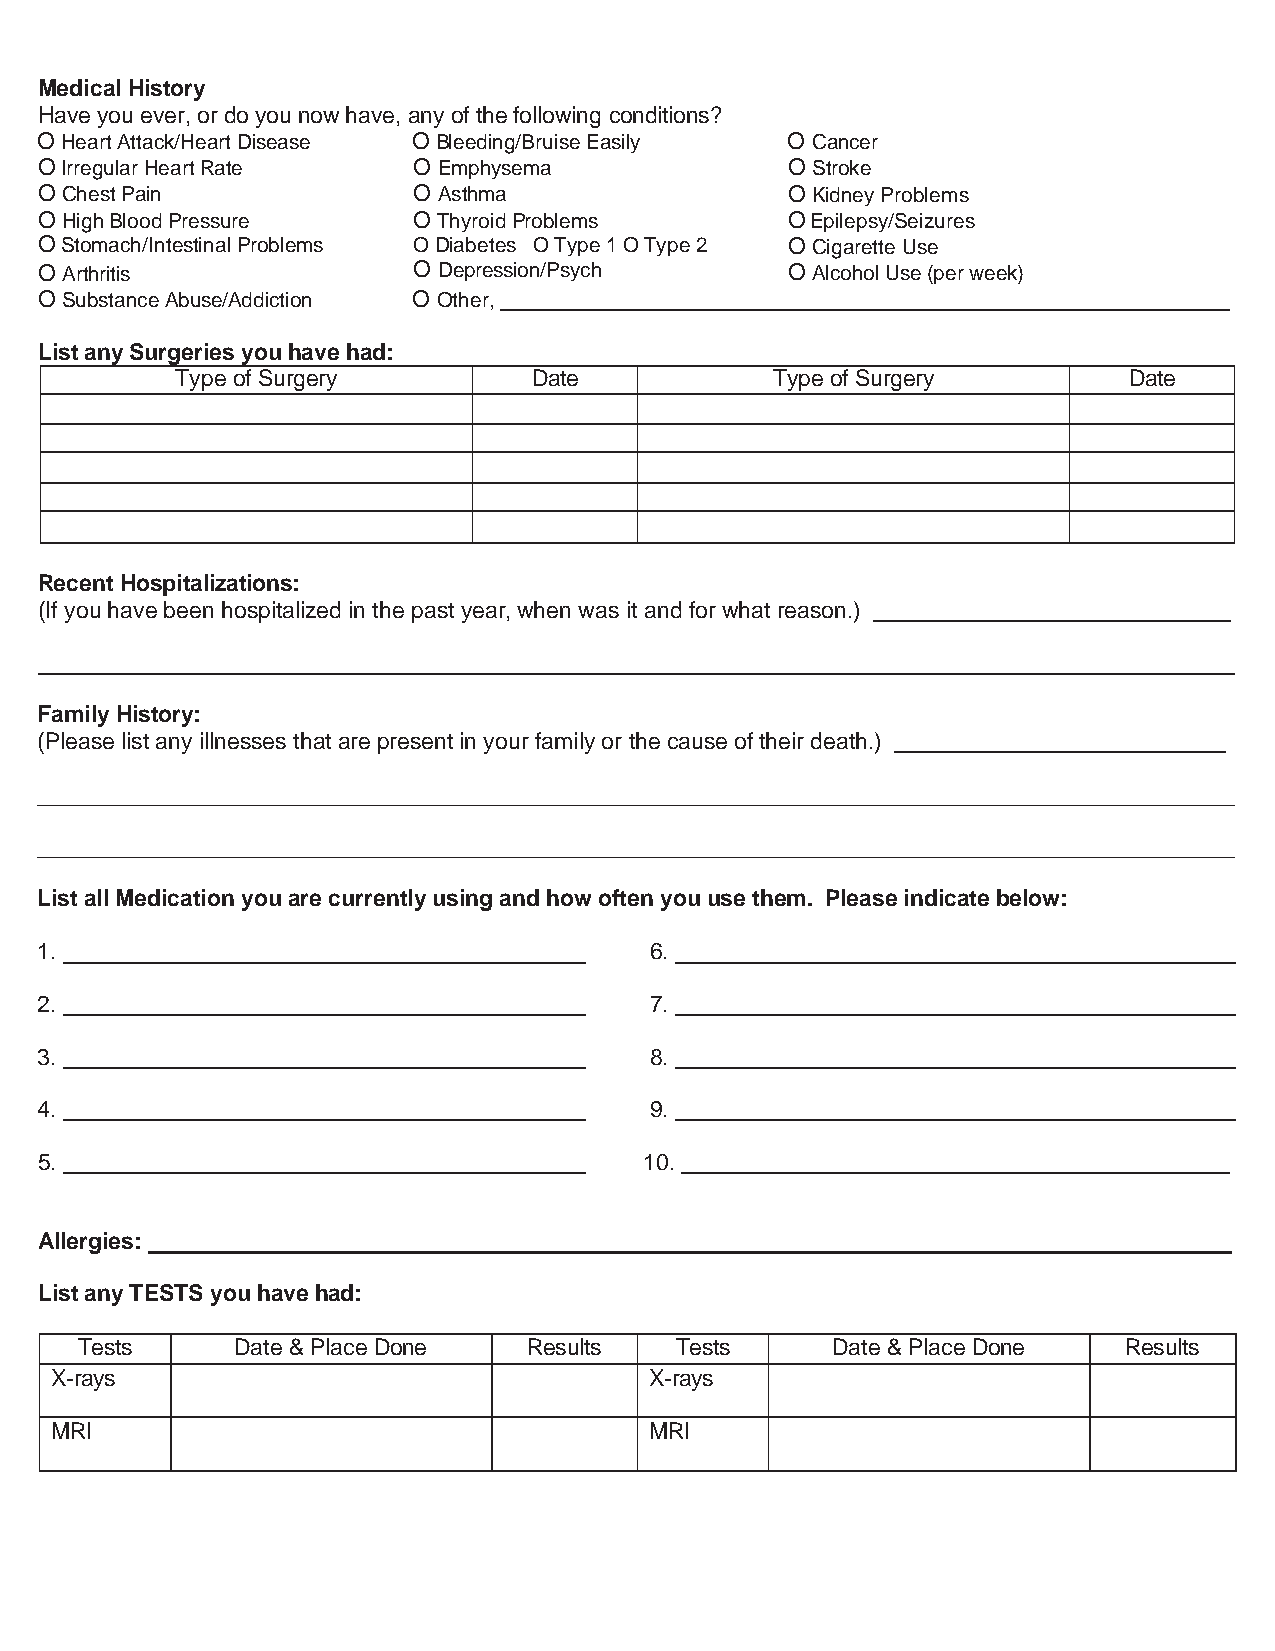
Medical History
 Have you ever, or do you now have, any of the following conditions?
 O Heart Attack/Heart Disease O Bleeding/Bruise Easily O Cancer
 O Irregular Heart Rate   O Emphysema              O Stroke
 O Chest Pain             O Asthma                 O Kidney Problems
 O High Blood Pressure    O Thyroid Problems       O Epilepsy/Seizures
 O Stomach/Intestinal Problems O Diabetes O Type 1 O Type 2 O Cigarette Use
 O Arthritis              O Depression/Psych       O Alcohol Use (per week)
 O Substance Abuse/Addiction O Other,
 List any Surgeries you have had:
 Type of Surgery        Date            Type of Surgery         Date
 Recent Hospitalizations:
 (If you have been hospitalized in the past year, when was it and for what reason.)
 Family History:
 (Please list any illnesses that are present in your family or the cause of their death.)
 List all Medication you are currently using and how often you use them. Please indicate below:
 1.                                       6.
 2.                                       7.
 3.                                       8.
 4.                                       9.
 5.                                       10.
 Allergies:
 List any TESTS you have had:
 Tests     Date & Place Done   Results   Tests     Date & Place Done  Results
 X-rays                                  X-rays
 MRI                                     MRI